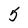
Character: 5